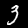
Digit: 3